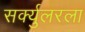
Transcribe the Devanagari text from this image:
सर्क्युलरला